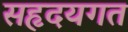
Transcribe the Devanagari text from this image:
सहृदयगत